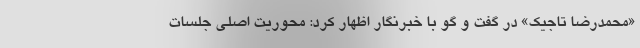
«محمدرضا تاجیک» در گفت و گو با خبرنگار اظهار کرد: محوریت اصلی جلسات